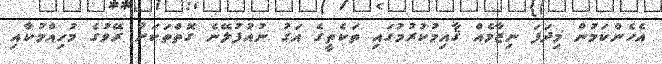
އެހެންކަމުން މިދަފަ ނިޒާމެއް ޤާއިމުކުރުމުގައި ތަކެތީގެ އަގު ނުއުފުލޭނެ ގޮތްތަކަށް ރޭވުގެ މުހިއްމުކާއި